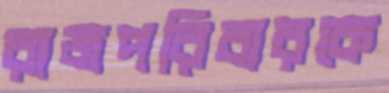
রাজপরিবারকে